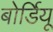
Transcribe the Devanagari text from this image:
बोर्डियू